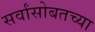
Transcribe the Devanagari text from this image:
सर्वांसोबतच्या